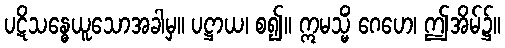
ပဋိသန္ဓေယူသောအခါမှ။ ပဋ္ဌာယ၊ စ၍။ ဣမသ္မိံ ဂေဟေ၊ ဤအိမ်၌။